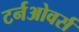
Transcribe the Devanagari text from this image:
टर्नओवर्स